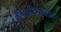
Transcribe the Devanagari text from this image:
स्टिडियाकैम